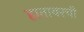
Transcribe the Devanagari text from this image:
हातावरची